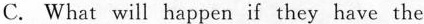
C. What will happen if they have the